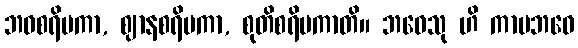
ဘဝစရိမကာ, ဈာနစရိမကာ, စုတိစရိမကာတိ။ ဘဝေသု ဟိ ကာမဘဝေ